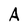
Character: A